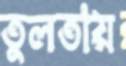
তুলতায়